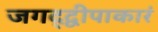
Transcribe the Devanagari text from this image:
जगद्द्वीपाकारं